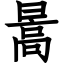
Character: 暠